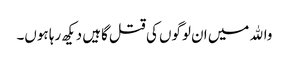
واﷲ میں ان لوگوں کی قتل گاہیں دیکھ رہا ہوں۔